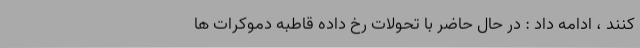
کنند ، ادامه داد : در حال حاضر با تحولات رخ داده قاطبه دموکرات ها